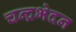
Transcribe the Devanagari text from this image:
चन्द्रभेदन